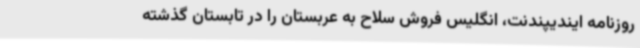
روزنامه ایندیپندنت،‌ انگلیس فروش سلاح به عربستان را در تابستان گذشته